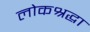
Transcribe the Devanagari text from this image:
लोकश्रद्धा